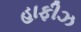
હાફીઝ